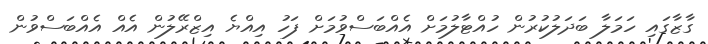
ގާޒާގައި ހަމަލާ ބަދަލުކުރުން ހުއްޓާލުމަށް އެއްބަސްވުމަށް ފަހު އިއްޔެ އިޒްރޭލުން އެއް އެއްބަސްވުން